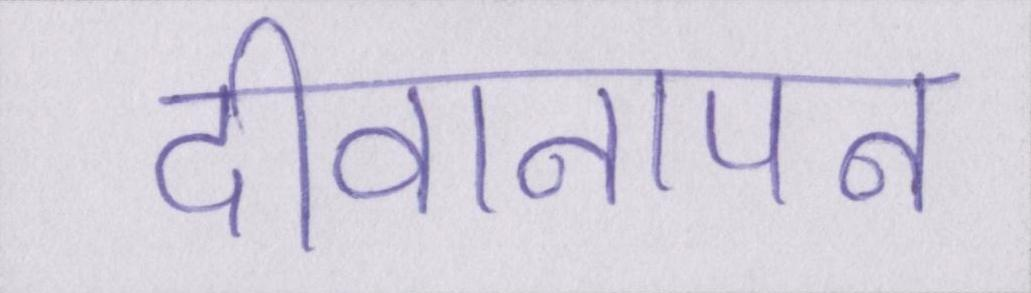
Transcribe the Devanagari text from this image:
दीवानापन